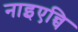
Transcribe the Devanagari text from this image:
नाइएन्चि